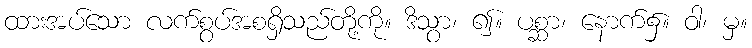
ထားအပ်သော လက်စွပ်အစရှိသည်တို့ကို။ ဒိသွာ၊ ၍။ ပစ္ဆာ၊ နောက်၌။ ဝါ၊ မှ။